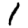
Digit: 1